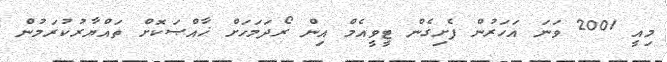
މިއީ 2001 ވަނަ އަހަރުން ފެށިގެން ޓީވީއެމް އިން ރޯދަމަހަށް ޚާއްޞަކޮށް ތައްޔާރުކުރަމުން